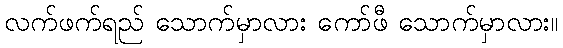
လက်ဖက်ရည် သောက်မှာလား ကော်ဖီ သောက်မှာလား။